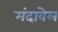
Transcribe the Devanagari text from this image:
मंदावेल